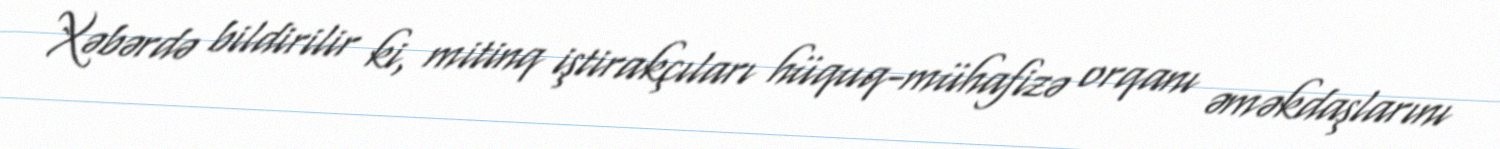
Xəbərdə bildirilir ki, mitinq iştirakçıları hüquq-mühafizə orqanı əməkdaşlarını